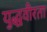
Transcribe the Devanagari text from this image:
युद्धवीरता